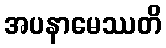
အပနာမေဿတိ